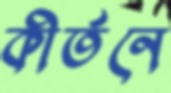
কীর্তনে